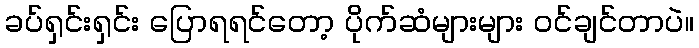
ခပ်ရှင်းရှင်း ပြောရရင်တော့ ပိုက်ဆံများများ ဝင်ချင်တာပဲ။